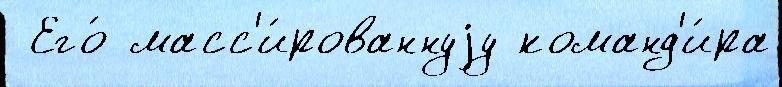
 Его́ масс'и́рованнуjу команд'и́ра